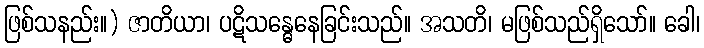
ဖြစ်သနည်း။) ဇာတိယာ၊ ပဋိသန္ဓေနေခြင်းသည်။ အသတိ၊ မဖြစ်သည်ရှိသော်။ ခေါ၊